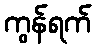
ကွန်ရက်